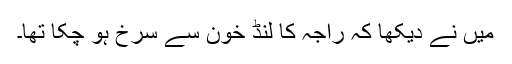
میں نے دیکھا کہ راجہ کا لنڈ خون سے سرخ ہو چکا تھا۔